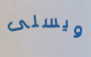
ويسلى